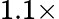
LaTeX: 1.1\times